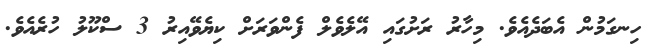
ހިނގަމުން އެބަދެއެވެ. މިހާރު ރަށުގައި އޭލެވެލް ފެންވަރަށް ކިޔެވޭއިރު 3 ސްކޫލު ހުރެއެވެ.